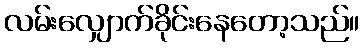
လမ်းလျှောက်ခိုင်းနေတော့သည်။